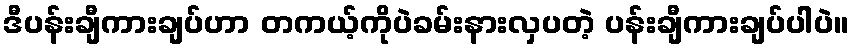
ဒီပန်းချီကားချပ်ဟာ တကယ့်ကိုပဲခမ်းနားလှပတဲ့ ပန်းချီကားချပ်ပါပဲ။